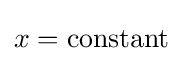
x={\text{constant}}